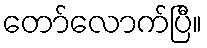
တော်လောက်ပြီ။